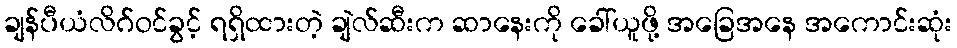
ချန်ပီယံလိဂ်ဝင်ခွင့် ရရှိထားတဲ့ ချဲလ်ဆီးက ဆာနေးကို ခေါ်ယူဖို့ အခြေအနေ အကောင်းဆုံး